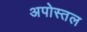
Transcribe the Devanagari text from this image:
अपोस्तल